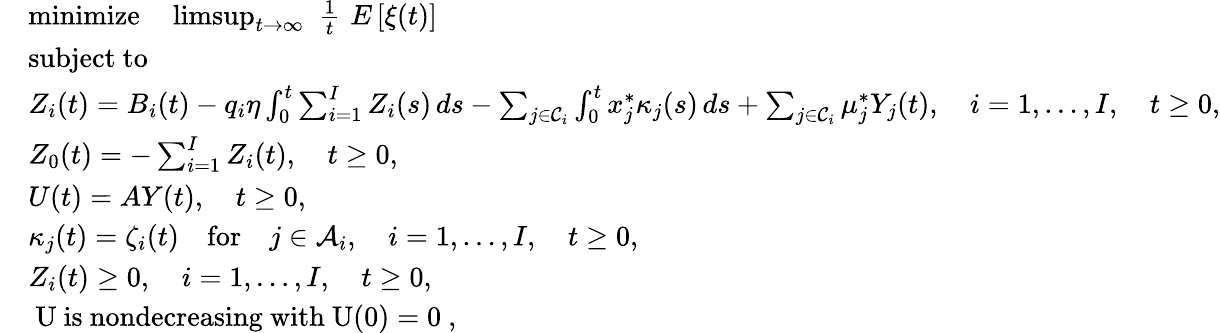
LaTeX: \begin{array}{rl}&{\mathrm{minimize}\quad\operatorname*{limsup}_{t\rightarrow\infty}\, \, \frac{1}{t}\, \, E\left[\xi(t)\right]}\\ &{\mathrm{subject~to}}\\ &{Z_{i}(t)=B_{i}(t)-q_{i}\eta\int_{0}^{t}\sum_{i=1}^{I}Z_{i}(s)\, ds-\sum_{j\in\mathcal{C}_{i}}\int_{0}^{t}x_{j}^{*}\kappa_{j}(s)\, ds+\sum_{j\in\mathcal{C}_{i}}\mu_{j}^{*}Y_{j}(t),\quad i=1,\dots,I,\quad t\ge 0,}\\ &{Z_{0}(t)=-\sum_{i=1}^{I}Z_{i}(t),\quad t\ge 0,}\\ &{U(t)=AY(t),\quad t\ge 0,}\\ &{\kappa_{j}(t)=\zeta_{i}(t)\quad\mathrm{for}\quad j\in\mathcal{A}_{i},\quad i=1,\dots,I,\quad t\ge 0,}\\ &{Z_{i}(t)\ge 0,\quad i=1,\dots,I,\quad t\ge 0,}\\ &{\mathrm{~U~is~nondecreasing~with~U(0)=0~,}}\end{array}